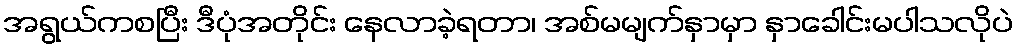
အရွယ်ကစပြီး ဒီပုံအတိုင်း နေလာခဲ့ရတာ၊ အစ်မမျက်နှာမှာ နှာခေါင်းမပါသလိုပဲ